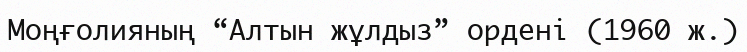
Моңғолияның “Алтын жұлдыз” ордені (1960 ж.)